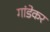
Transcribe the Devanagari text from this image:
गांडेकर